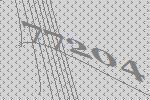
77204